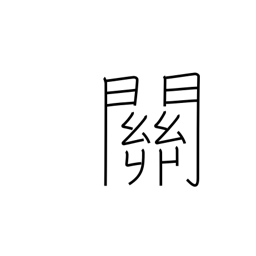
Meaning: gateway